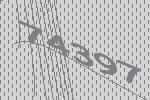
74397